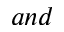
a n d